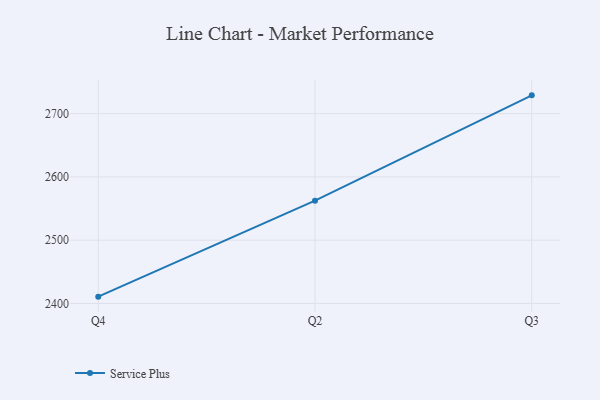
{"axis": {"x": "Quarter", "y": "Gross Profit (USD K)"}, "legend": ["Service Plus"], "data": [{"x": "Q4", "y": 2410.8, "type": "Service Plus"}, {"x": "Q2", "y": 2562.4, "type": "Service Plus"}, {"x": "Q3", "y": 2728.9, "type": "Service Plus"}]}